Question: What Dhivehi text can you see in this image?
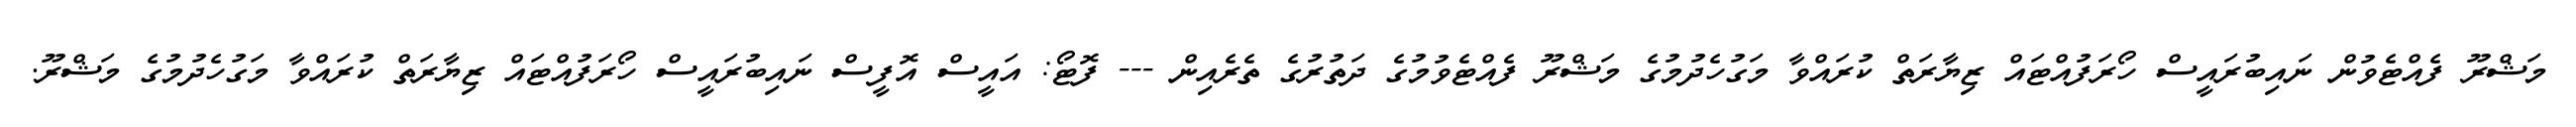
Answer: މަޝްރޫ ފެއްޓެވުން ނައިބުރައީސް ހޯރަފުއްޓައް ޒިޔާރަތް ކުރައްވާ މަގުހެދުމުގެ މަޝްރޫ ފެއްޓެވުމުގެ ދަތުރުގެ ތެރެއިން --- ފޮޓޯ: އައީސް އޮފީސް ނައިބުރައީސް ހޯރަފުއްޓައް ޒިޔާރަތް ކުރައްވާ މަގުހެދުމުގެ މަޝްރޫ.